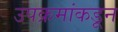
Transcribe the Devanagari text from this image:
उपक्रमांकडून